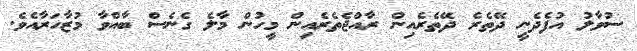
ސުވާލު އުފެދެނީ ދޭތެރެ ދޭތެރެއިން ރާއްޖެތެރެއިން މީހުން މާލެ ގެނެސް ބާއްވާ މުޒާހަރާއެވެ.